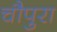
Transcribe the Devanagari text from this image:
चौपुरा